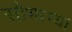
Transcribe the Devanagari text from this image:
सौभाग्य।